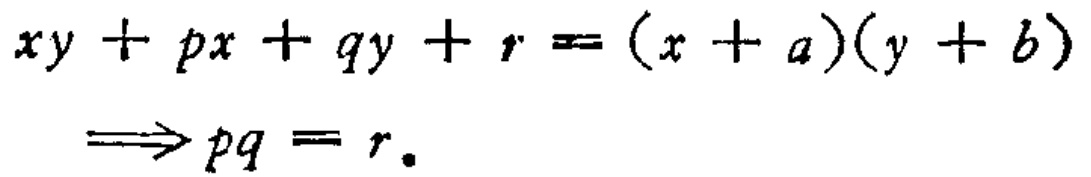
\[

\begin{align*}

xy + px + qy + r&=(x + a)(y + b)\\

\Longrightarrow pq&=r.

\end{align*}

\]